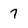
Character: 7